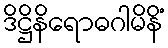
ဒိဋ္ဌိနိရောဓဂါမိနိံ